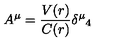
A ^ { \mu } = \frac { V ( r ) } { C ( r ) } { \delta ^ { \mu } } _ { 4 }